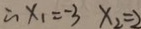
\therefore x _ { 1 } = - 3 x _ { 2 } = 2